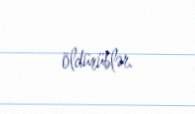
öldürüblər.